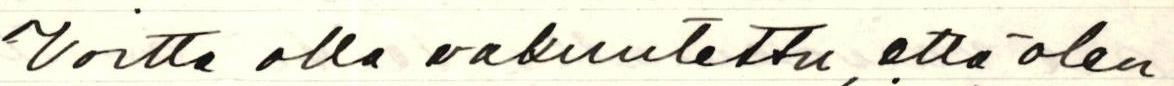
Voitte olla vakuutettu, että olen